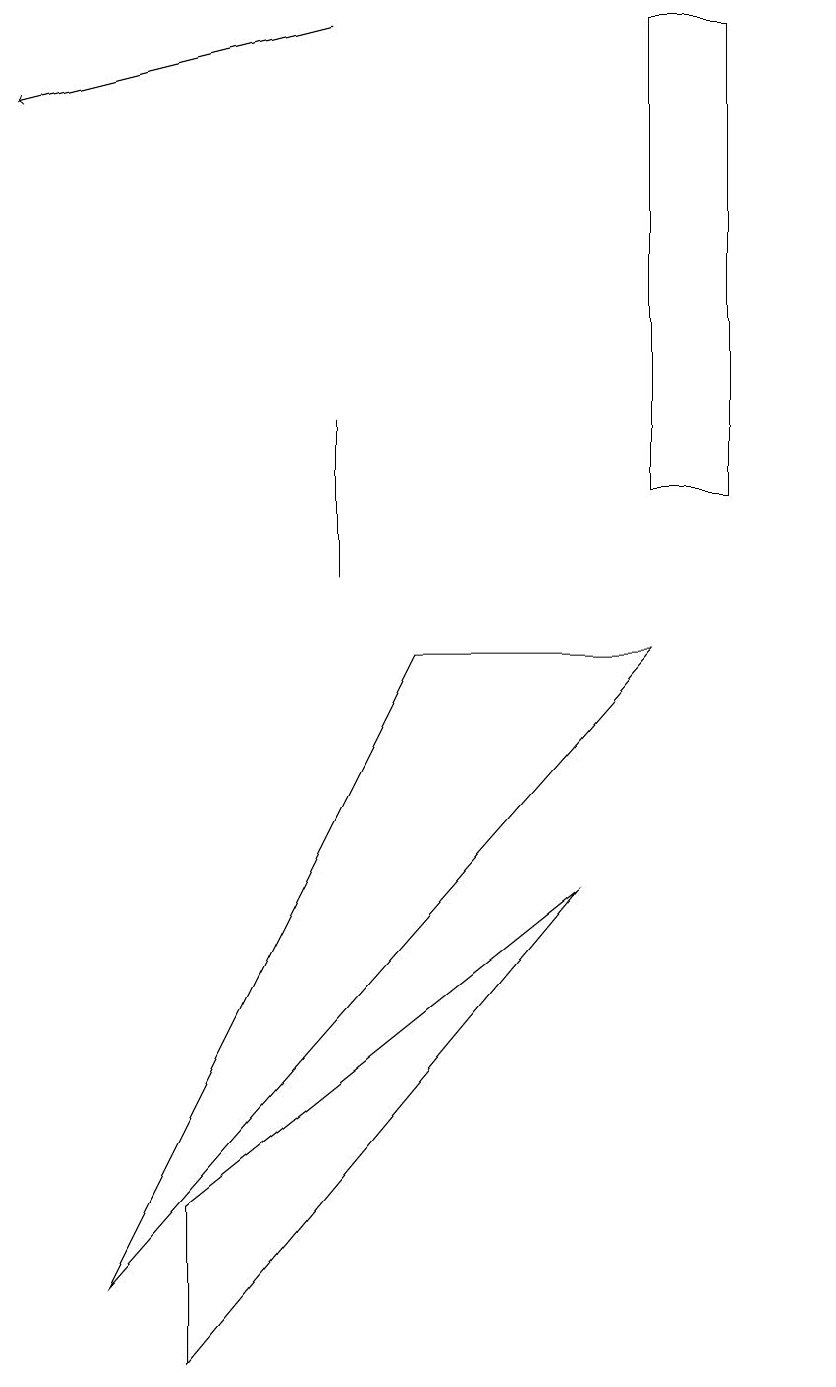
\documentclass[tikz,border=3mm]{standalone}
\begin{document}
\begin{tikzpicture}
\draw[->] (4,17) -- (0,16);
\draw (8,9) -- (1,1) -- (5,9) -- cycle;
\draw (9,11) rectangle (8,17);
\draw (2,0) -- (2,2) -- (7,6) -- cycle;
\draw (10,10) circle (0);
\draw (4,12) rectangle (4,10);
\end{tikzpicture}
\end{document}